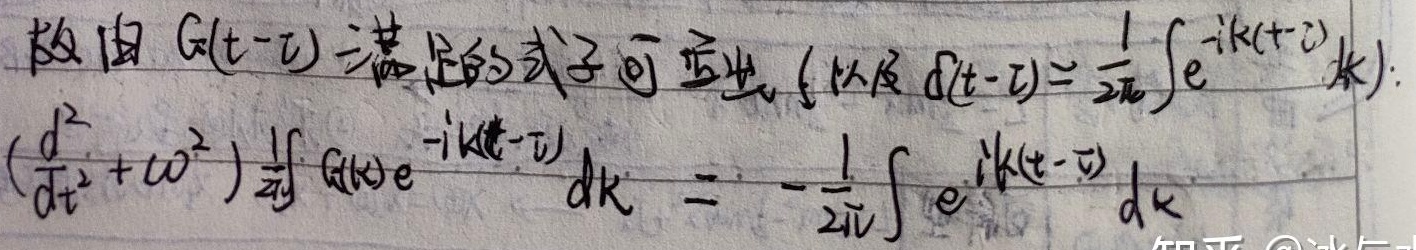
故由 $G(t - \tau)$ 满足的式子可证出（以及 $\delta(t-\tau)=\frac{1}{2\pi}\int e^{-ik(t + \tau)}dk$）：
\[
\left(\frac{d^{2}}{dt^{2}}+\omega^{2}\right)\frac{1}{2\pi}\int G(k)e^{-ik(t-\tau)}dk = -\frac{1}{2\pi}\int e^{ik(t-\tau)}dk
\]